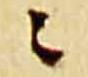
ニ